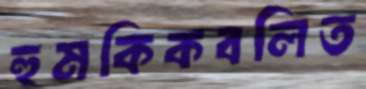
হুমকিকবলিত